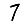
Digit: 7